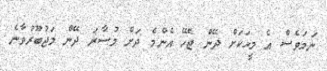
ނަމަވެސް އެ މީހަކަށް ދޭން ޖެހޭ އެންމެ ދަށް މުސާރަ ދޭން މަޖުބޫރުވާނެ